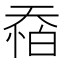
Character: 𱘶